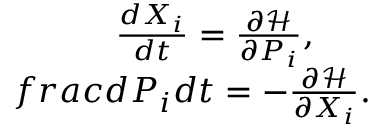
\begin{array} { r } { \frac { d X _ { i } } { d t } = \frac { \partial \mathcal { H } } { \partial P _ { i } } , \ \ \ \ \ } \\ { f r a c { d P _ { i } } { d t } = - \frac { \partial \mathcal { H } } { \partial X _ { i } } . } \end{array}